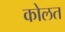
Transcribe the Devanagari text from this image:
कोलत